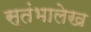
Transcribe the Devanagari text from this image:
स्‍तंभालेख